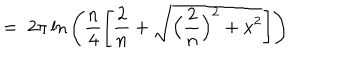
LaTeX: = \; 2 \pi \ln \Bigg ( \frac { n } { 4 } \Bigg [ \frac { 2 } { n } + \sqrt { \Big ( \frac { 2 } { n } \Big ) ^ { 2 } + x ^ { 2 } } \Bigg ] \Bigg )